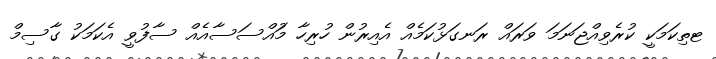
ޓތިކަމަކީ ކުރެވިއްޖަނަމަ ވަރައް ރަނގަޅުކަމެއް އެއިރުން ހުރިހާ މުައްސަސާއެއް ސާފުވީ އެކަމަކު ގާސިމް